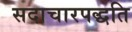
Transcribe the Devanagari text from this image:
सदाचारपद्धति